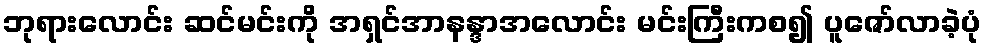
ဘုရားလောင်း ဆင်မင်းကို အရှင်အာနန္ဒာအလောင်း မင်းကြီးကစ၍ ပူဇော်လာခဲ့ပုံ